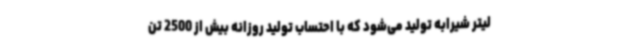
لیتر شیرابه تولید می‌شود که با احتساب تولید روزانه بیش از 2500 تن